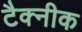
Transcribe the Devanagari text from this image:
टैक्नीक